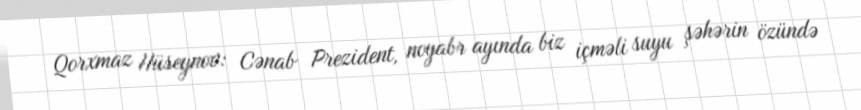
Qorxmaz Hüseynov: Cənab Prezident, noyabr ayında biz içməli suyu şəhərin özündə